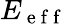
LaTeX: E_{\mathrm{~e~f~f~}}